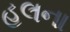
હલના